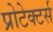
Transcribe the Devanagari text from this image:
प्रोटेक्टर्स